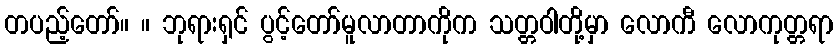
တပည့်တော်။ ။ ဘုရားရှင် ပွင့်တော်မူလာတာကိုက သတ္တဝါတို့မှာ လောကီ လောကုတ္တရာ